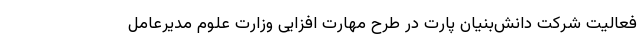
فعالیت شرکت دانش‌بنیان پارت در طرح مهارت ‌افزایی وزارت علوم مدیرعامل